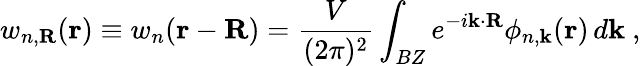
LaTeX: w_{n,\textbf{R}}(\textbf{r})\equiv w_{n}(\textbf{r}-\textbf{R})=\frac{V}{(2\pi)^{2}}\int_{BZ}e^{-i\textbf{k}\cdot\textbf{R}}\phi_{n,\textbf{k}}(\textbf{r})\, d\textbf{k}~,